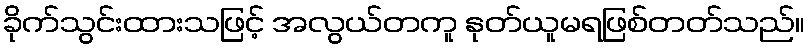
ခိုက်သွင်းထားသဖြင့် အလွယ်တကူ နုတ်ယူမရဖြစ်တတ်သည်။